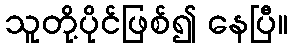
သူတို့ပိုင်ဖြစ်၍ နေပြီ။